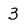
Character: 3